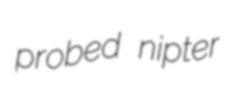
probed nipter